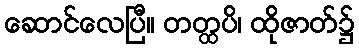
ဆောင်လေပြီ။ တတ္ထပိ၊ ထိုဇာတ်၌